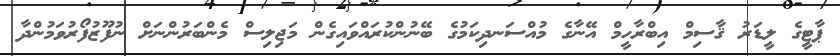
ޕާޓީގެ ލީޑަރު ޤާސިމް އިބްރާހީމް އޭނާގެ މުއްސަނދިކަމުގެ ބޭނުންކުރައްވައިގެން މަޖިލިސް މެންބަރުންނަށް ނުފޫޒުފޯރުވަމުންދާ